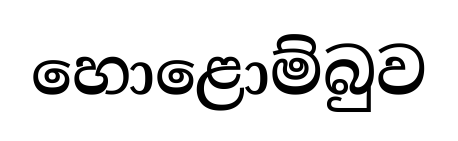
හොළොම්බුව